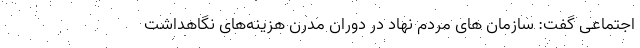
اجتماعی گفت: سازمان های مردم نهاد در دوران مدرن هزینه‌های نگاهداشت